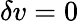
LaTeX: \delta v=0